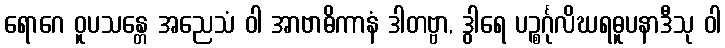
ရောဂေ ဝူပသန္တေ အညေသံ ဝါ အာဗာဓိကာနံ ဒါတဗ္ဗာ, ဒွါရေ ပဉ္စင်္ဂုလိဃရဓူပနာဒီသု ဝါ